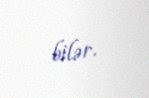
bilər.